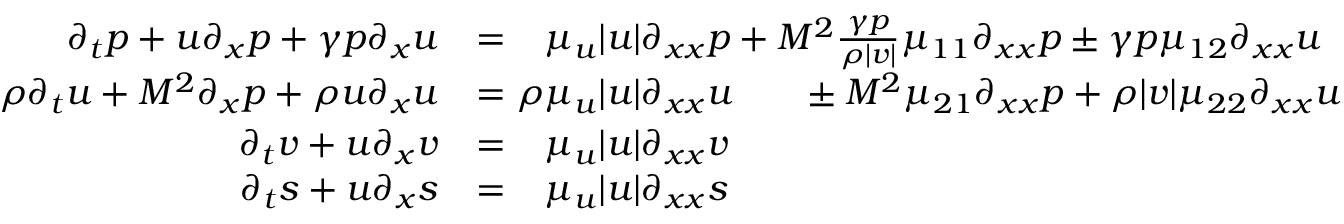
\begin{array} { r l } { \partial _ { t } p + u \partial _ { x } p + \gamma p \partial _ { x } u } & { = \phantom { \rho } \mu _ { u } | u | \partial _ { x x } p + M ^ { \- 2 } \frac { \gamma p } { \rho | v | } \mu _ { 1 1 } \partial _ { x x } p \pm \gamma p \mu _ { 1 2 } \partial _ { x x } u } \\ { \rho \partial _ { t } u + M ^ { \- 2 } \partial _ { x } p + \rho u \partial _ { x } u } & { = \rho \mu _ { u } | u | \partial _ { x x } u \phantom { \frac { \gamma p } { \rho | v | } } \pm M ^ { \- 2 } \mu _ { 2 1 } \partial _ { x x } p + \rho | v | \mu _ { 2 2 } \partial _ { x x } u } \\ { \partial _ { t } v + u \partial _ { x } v } & { = \phantom { \rho } \mu _ { u } | u | \partial _ { x x } v } \\ { \partial _ { t } s + u \partial _ { x } s } & { = \phantom { \rho } \mu _ { u } | u | \partial _ { x x } s } \end{array}